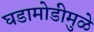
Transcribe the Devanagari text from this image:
घडामोडीमुळे